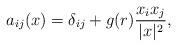
LaTeX: \begin{align*} a_{ij}(x)=\delta_{ij}+g(r)\frac{x_ix_j}{|x|^2}, \end{align*}